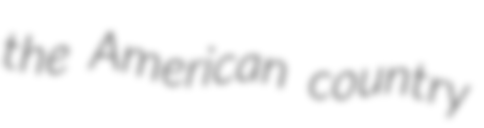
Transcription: the American country